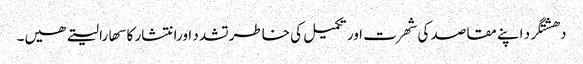
دھشتگرد اپنے مقاصد کی شھرت اور تکمیل کی خاطرتشدد اورانتشار کا سھارا لیتے ھیں۔